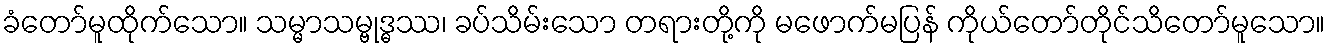
ခံတော်မူထိုက်သော။ သမ္မာသမ္ဗုဒ္ဓဿ၊ ခပ်သိမ်းသော တရားတို့ကို မဖောက်မပြန် ကိုယ်တော်တိုင်သိတော်မူသော။